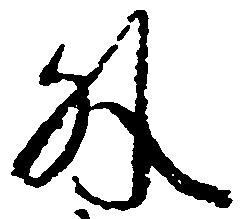
外